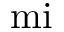
\mathrm { m i }